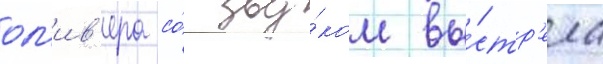
ол'ив'ера со́ зву́ком вы́стр'ела